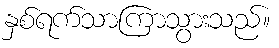
နှစ်ရက်သာကြာသွားသည်။